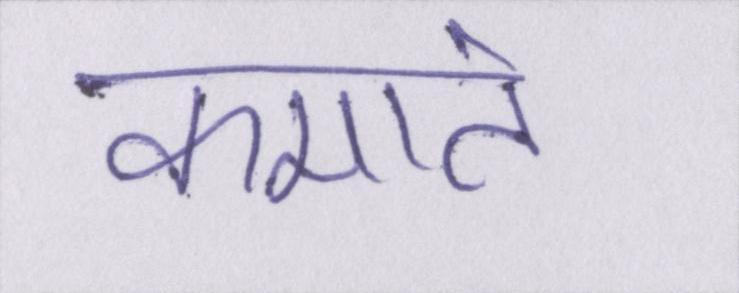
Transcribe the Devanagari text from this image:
कमाते